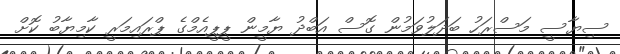
ސިޔާސީ މަސްރަހު ބަދަލުވަމުން ގޮސް އަބްދު ޔާމީން ޕީޕީއެމްގެ ޕްރައިމަރީ ކާމިޔާބު ކޮށް